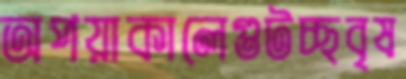
অপয়াকালেগুটচ্ছবৃষ